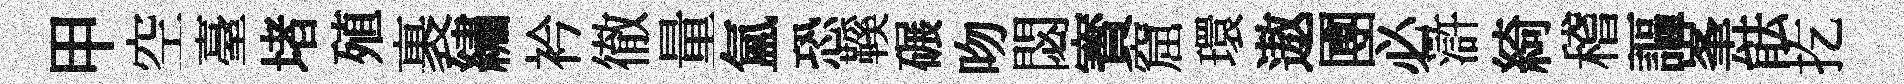
甲空臺堵殖裹繡衿徹量氲恐鞵碾吻閟寳窟環遨圑必滸綺稽謳峯䏻扢